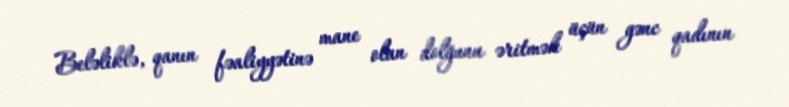
Beləliklə, qanın fəaliyyətinə mane olan dolğunu əritmək üçün gənc qadının